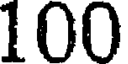
100